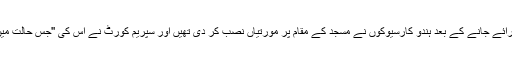
چھ دسمبر 1992 میں بابری مسجد گرائے جانے کے بعد ہندو کارسیوکوں نے مسجد کے مقام پر مورتیاں نصب کر دی تھیں اور سپریم کورٹ نے اس کی ''جس حالت میں ہے '' والی پوزیشن تسلیم کر لی تھی۔